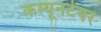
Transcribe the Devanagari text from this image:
कम्यूनटेयर